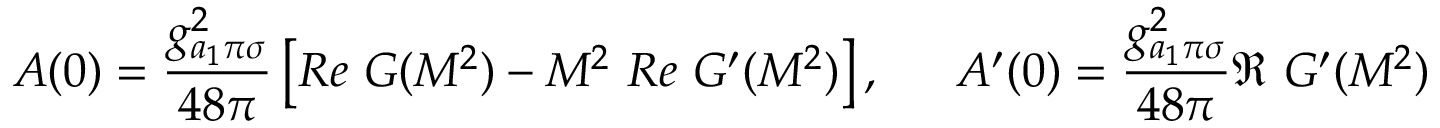
A ( 0 ) = \frac { g _ { a _ { 1 } \pi \sigma } ^ { 2 } } { 4 8 \pi } \left[ R e \ G ( M ^ { 2 } ) - M ^ { 2 } \ R e \ G ^ { \prime } ( M ^ { 2 } ) \right] , \, \ \ \ \ A ^ { \prime } ( 0 ) = \frac { g _ { a _ { 1 } \pi \sigma } ^ { 2 } } { 4 8 \pi } \Re \ G ^ { \prime } ( M ^ { 2 } )